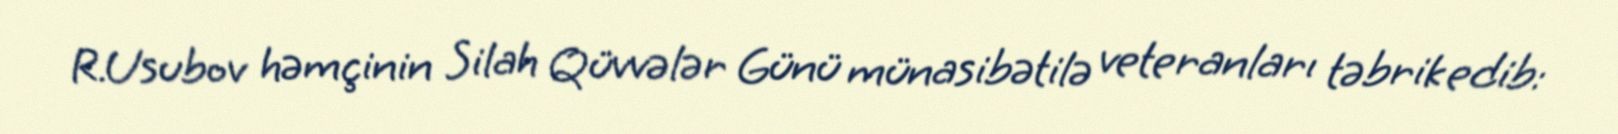
R.Usubov həmçinin Silah Qüvvələr Günü münasibətilə veteranları təbrik edib: